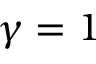
\gamma = 1